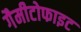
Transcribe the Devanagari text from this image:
गैमीटोफाइट